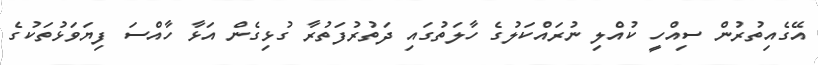
އޭގެއިތުރުން ސިއްހީ ކުއްލި ނުރައްކަލުގެ ހާލަތުގައި ދަތުރުފަތުރާ ގުޅިގެން އަޅާ ހާއްސަ ފިޔަވަޅުތަކުގެ